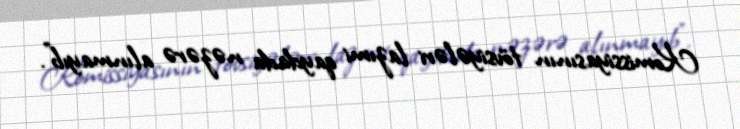
Komissiyasının tövsiyələri lazımi qaydada nəzərə alınmayıb".